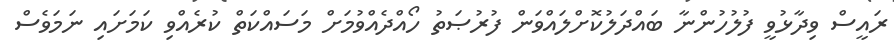
ރައީސް ވިދާޅުވީ ފުލުހުންނާ ބައްދަލުކޮށްލައްވަން ފުރުޞަތު ހޯއްދެއްވުމަށް މަސައްކަތް ކުރެއްވި ކަމަށައި ނަމަވެސް